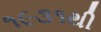
૧૯૩૧થી